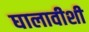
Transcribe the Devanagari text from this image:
घालावीशी